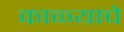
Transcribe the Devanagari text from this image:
काळ्याचे